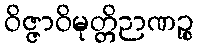
ဝိဇ္ဇာဝိမုတ္တိဉာဏဉ္စ